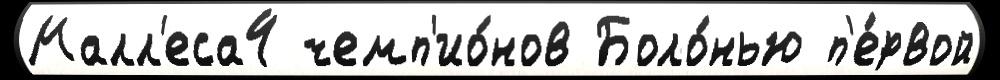
Малл'еса4 чемп'ио́нов Боло́нью п'е́рвой